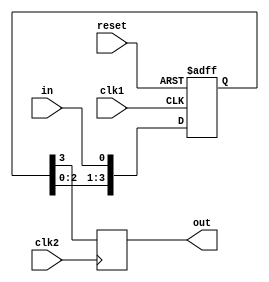
module FourFlopSynchronizer(
    input wire clk1, // Clock signal for first clock domain
    input wire clk2, // Clock signal for second clock domain
    input wire reset, // Reset signal
    input wire in, // Input signal to be synchronized
    output reg out // Synchronized output signal
);

reg [3:0] ff; // 4-bit register for storing synchronized signal

always @(posedge clk1 or posedge reset) begin
    if (reset) begin
        ff <= 4'b0000; // Reset the register
    end else begin
        ff <= {ff[2:0], in}; // Shift input signal into the register
    end
end

always @(posedge clk2) begin
    out <= ff[3]; // Output synchronized signal
end

endmodule